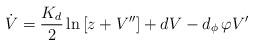
LaTeX: \begin{align*}\dot{V}=\frac{K_{d}}{2}\ln \left[ z+V^{\prime \prime }\right] +dV-d_{\phi}\,\varphi V^{\prime } \end{align*}